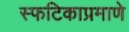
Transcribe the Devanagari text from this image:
स्फटिकाप्रमाणे